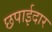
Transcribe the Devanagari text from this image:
छपाईदार